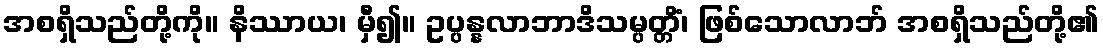
အစရှိသည်တို့ကို။ နိဿာယ၊ မှီ၍။ ဥပ္ပန္နလာဘာဒိသမ္ပတ္တိံ၊ ဖြစ်သောလာဘ် အစရှိသည်တို့၏